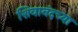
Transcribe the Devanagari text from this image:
शिवानंदच्या